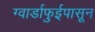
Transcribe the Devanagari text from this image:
ग्वार्डाफुईपासून